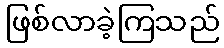
ဖြစ်လာခဲ့ကြသည်